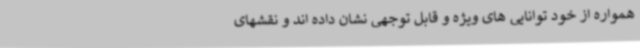
همواره از خود توانایی های ویژه و قابل توجهی نشان داده اند و نقشهای